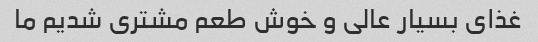
غذای بسیار عالی و خوش طعم مشتری شدیم ما